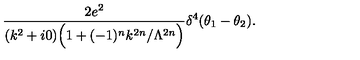
\frac { 2 e ^ { 2 } } { ( k ^ { 2 } + i 0 ) \Big ( 1 + ( - 1 ) ^ { n } k ^ { 2 n } / \Lambda ^ { 2 n } \Big ) } \delta ^ { 4 } ( \theta _ { 1 } - \theta _ { 2 } ) .